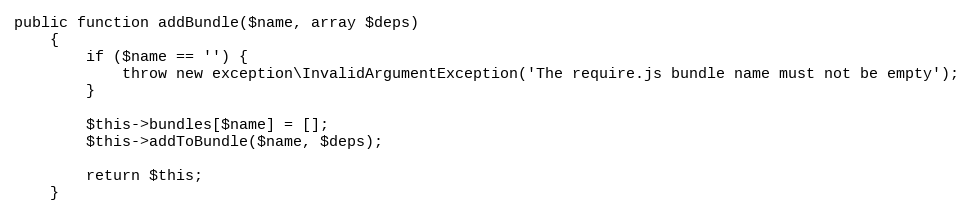
Language: PHP
public function addBundle($name, array $deps)
    {
        if ($name == '') {
            throw new exception\InvalidArgumentException('The require.js bundle name must not be empty');
        }

        $this->bundles[$name] = [];
        $this->addToBundle($name, $deps);

        return $this;
    }